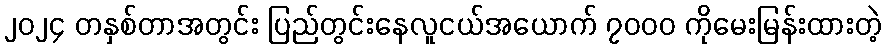
၂၀၂၄ တနှစ်တာအတွင်း ပြည်တွင်းနေလူငယ်အယောက် ၇၀၀၀ ကိုမေးမြန်းထားတဲ့